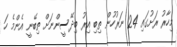
މިހާރު ރަށުގައި 24 ނަރުހުން ތިބި އިރު ބިދޭސީންނަށް ތިބޭނީ އެންމެ ހަ